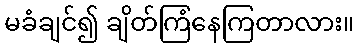
မခံချင်၍ ချိတ်ကြံနေကြတာလား။